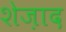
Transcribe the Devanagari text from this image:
शेज़ाद